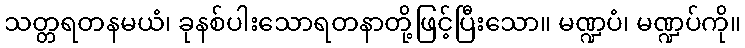
သတ္တရတနမယံ၊ ခုနစ်ပါးသောရတနာတို့ဖြင့်ပြီးသော။ မဏ္ဍပံ၊ မဏ္ဍပ်ကို။